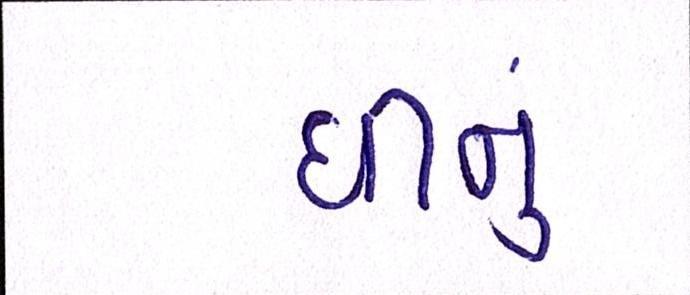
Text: ઘીનું